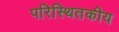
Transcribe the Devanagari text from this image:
परिस्थितकीय